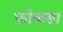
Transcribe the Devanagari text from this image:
फोकस।